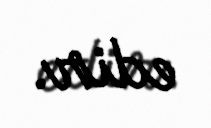
edir.